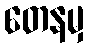
တေနမှ